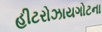
હીટરોઝાયગોટના